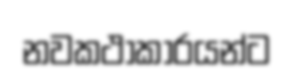
නවකථාකාරයන්ට